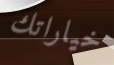
خياراتك